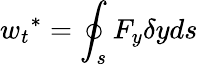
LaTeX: {w_{t}}^{\mathrm{{*}}}=\oint_{s}{{F_{y}}\delta y}ds